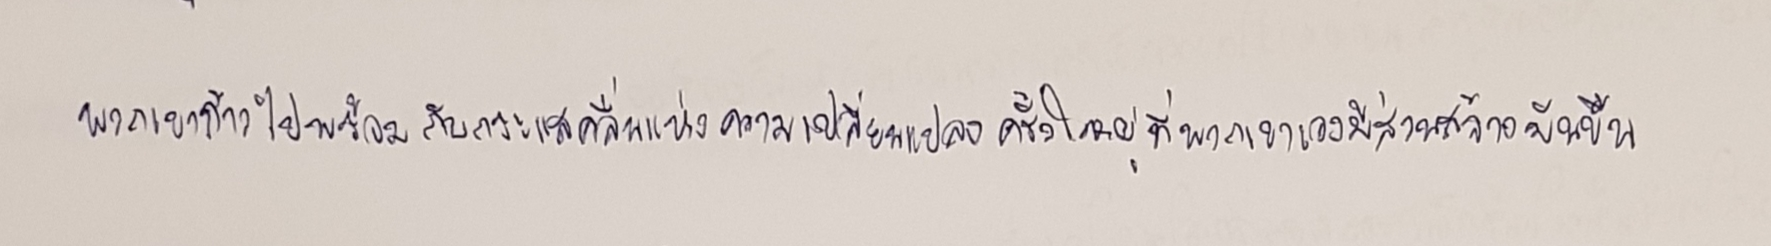
พวกเขาก้าวไปพร้อมกับกระแสคลื่นแห่งความเปลี่ยนแปลงครั้งใหญ่ที่พวกเขาเองมีส่วนสร้างมันขึ้น